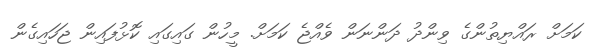
ކަމަށް ރައްޔިތުންގެ ވިންދު ދަންނަން ވެއްޖެ ކަމަށް. މީހުން ގައިގައި ކޮޅުފައިން ޖަހައިގެން